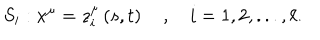
LaTeX: S _ { i } : x ^ { \mu } = z _ { i } ^ { \mu } \left( s , t \right) \quad , \quad i = 1 , 2 , . . . , \ell .